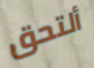
ألتحق